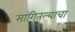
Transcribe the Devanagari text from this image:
सांगितल्याचा